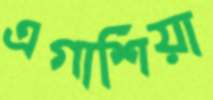
এগাশিয়া